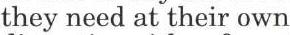
they need at their own